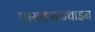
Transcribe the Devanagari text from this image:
पाराक्सान्थाइन